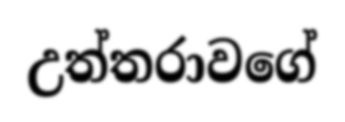
උත්තරාවගේ